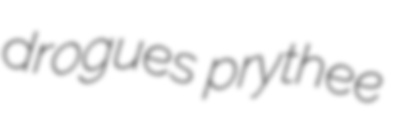
drogues prythee